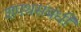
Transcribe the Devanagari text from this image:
शपथसंबंधी